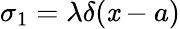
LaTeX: \sigma_{1}=\lambda\delta(\mathit{x}-a)